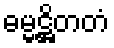
ဓမ္မဋ္ဌိတတံ